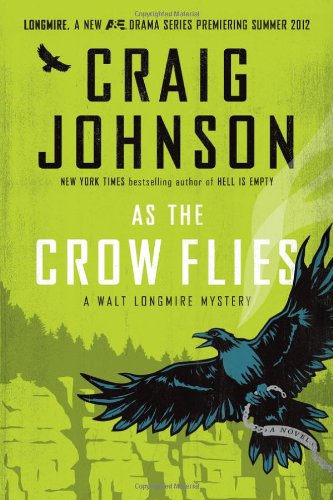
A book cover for As the Crow Flies: A Walt Longmire Mystery (Walt Longmire Mysteries); Craig Johnson; Sports & Outdoors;